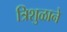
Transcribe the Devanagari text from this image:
त्रिशुळाने